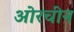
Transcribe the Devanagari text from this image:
ओरचीन